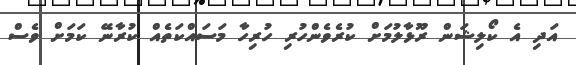
އަދި އެ ކޯލިޝަން ރޫޅާލުމަށް ކުރެވެންހުރި ހުރިހާ މަސައްކަތެއް ކުރާނޭ ކަމަށް ވެސް